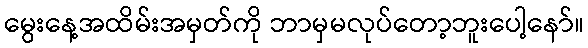
မွေးနေ့အထိမ်းအမှတ်ကို ဘာမှမလုပ်တော့ဘူးပေါ့နော်။